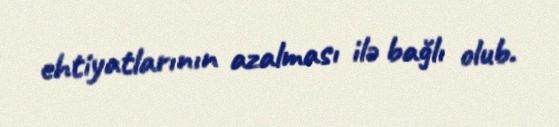
ehtiyatlarının azalması ilə bağlı olub.